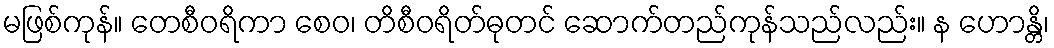
မဖြစ်ကုန်။ တေစီဝရိကာ စေဝ၊ တိစီဝရိတ်ဓုတင် ဆောက်တည်ကုန်သည်လည်း။ န ဟောန္တိ၊